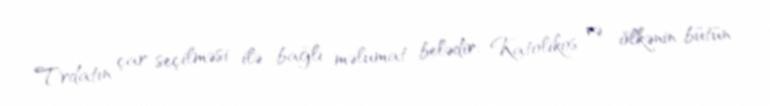
Trdatın çar seçilməsi ilə bağlı məlumat belədir: Katolikos və ölkənin bütün